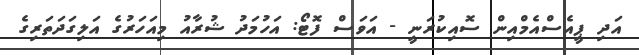
އަދި ޕީއެސްއެމްއިން ސޮއިކުރަނީ - އަވަސް ފޮޓޯ: އަހުމަދު ޝުރާއު މިއަހަރުގެ އަލިގަދަތަރިގެ